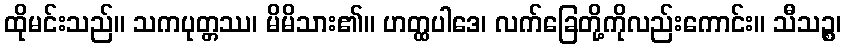
ထိုမင်းသည်။ သကပုတ္တဿ၊ မိမိသား၏။ ဟတ္ထပါဒေ၊ လက်ခြေတို့ကိုလည်းကောင်း။ သီသဉ္စ၊